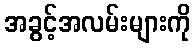
အခွင့်အလမ်းများကို